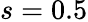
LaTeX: s=0.5